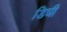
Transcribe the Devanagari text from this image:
डिघी